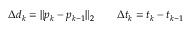
\Delta { d } _ { k } = \| p _ { k } - p _ { k - 1 } \| _ { 2 } \qquad \Delta { t } _ { k } = t _ { k } - t _ { k - 1 }